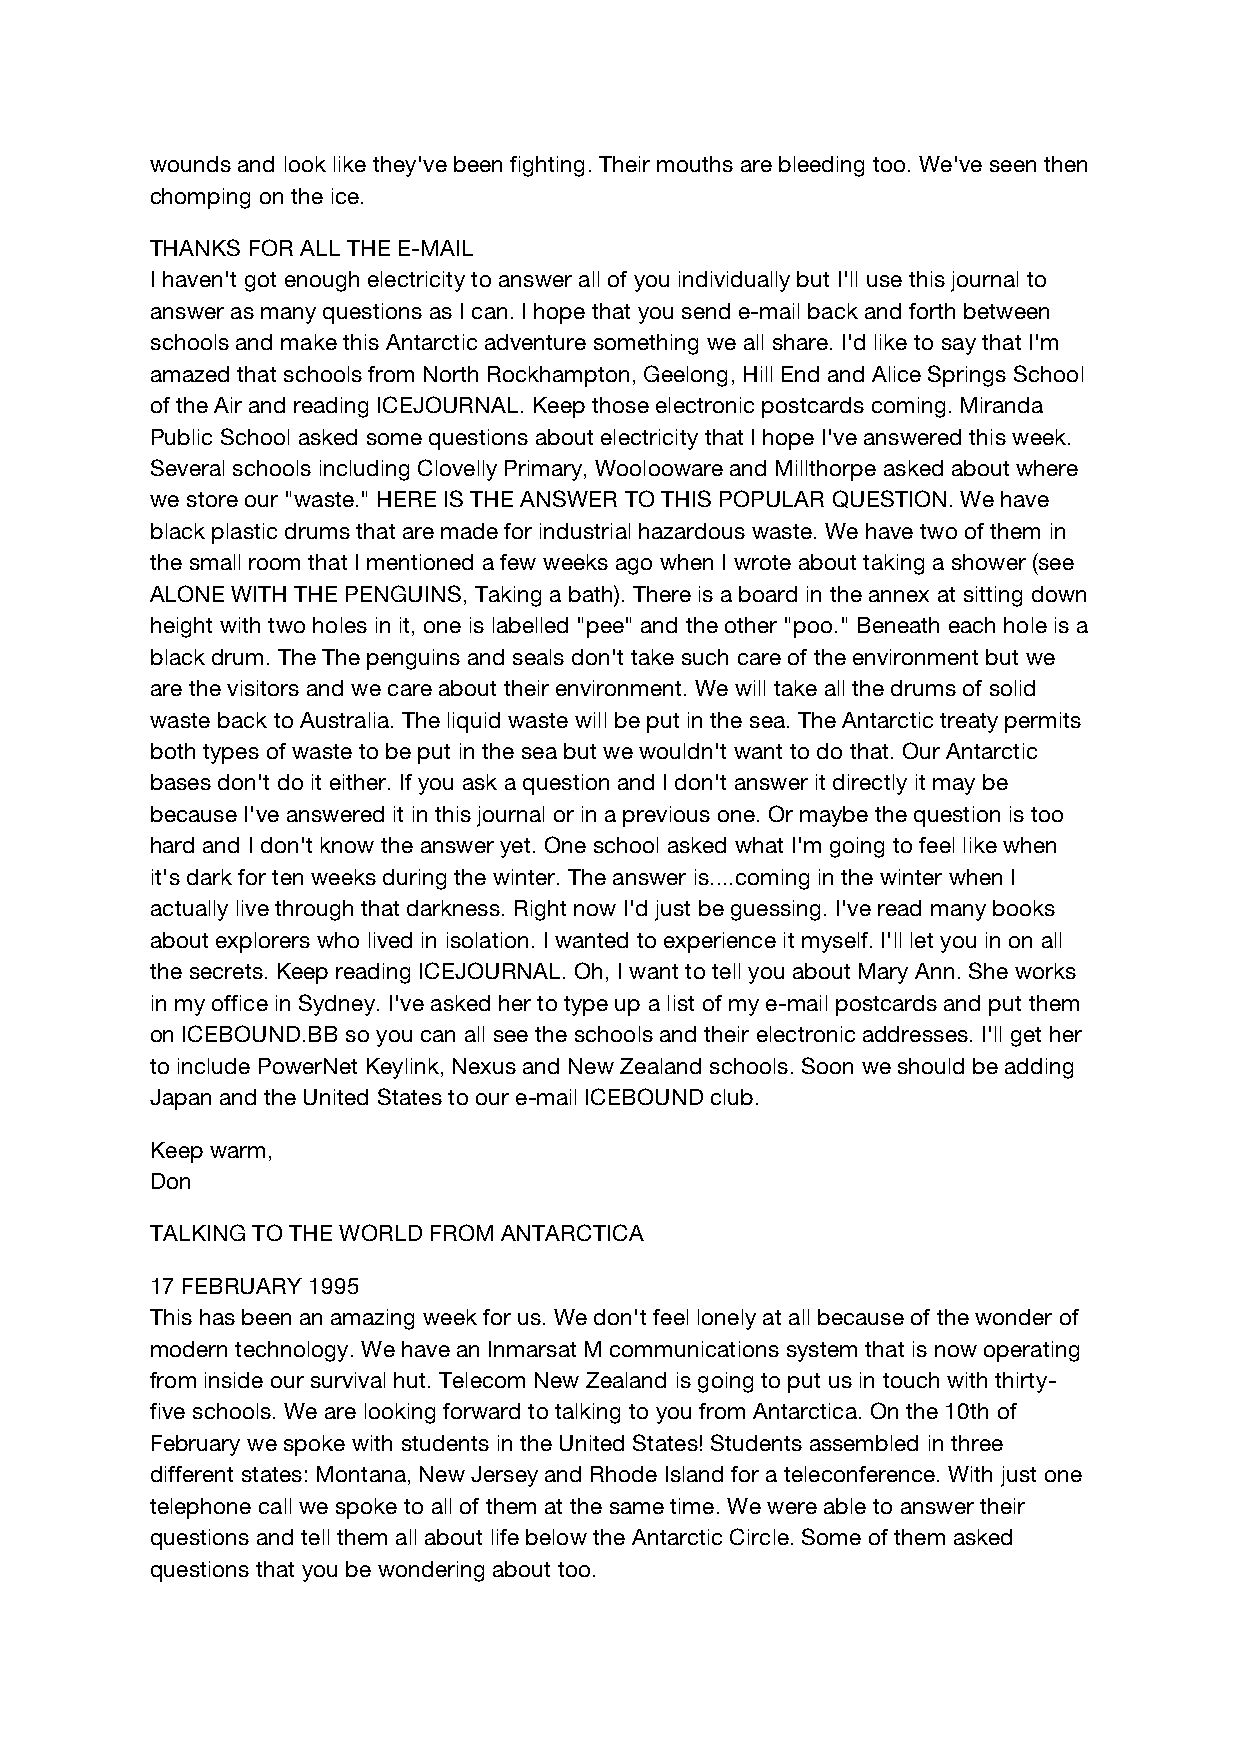
wounds and look like they've been fighting. Their mouths are bleeding too. We've seen then
 chomping on the ice.
 THANKS FOR ALL THE E-MAIL
 I haven't got enough electricity to answer all of you individually but I'll use this journal to
 answer as many questions as I can. I hope that you send e-mail back and forth between
 schools and make this Antarctic adventure something we all share. I'd like to say that I'm
 amazed that schools from North Rockhampton, Geelong, Hill End and Alice Springs School
 of the Air and reading ICEJOURNAL. Keep those electronic postcards coming. Miranda
 Public School asked some questions about electricity that I hope I've answered this week.
 Several schools including Clovelly Primary, Woolooware and Millthorpe asked about where
 we store our "waste." HERE IS THE ANSWER TO THIS POPULAR QUESTION. We have
 black plastic drums that are made for industrial hazardous waste. We have two of them in
 the small room that I mentioned a few weeks ago when I wrote about taking a shower (see
 ALONE WITH THE PENGUINS, Taking a bath). There is a board in the annex at sitting down
 height with two holes in it, one is labelled "pee" and the other "poo." Beneath each hole is a
 black drum. The The penguins and seals don't take such care of the environment but we
 are the visitors and we care about their environment. We will take all the drums of solid
 waste back to Australia. The liquid waste will be put in the sea. The Antarctic treaty permits
 both types of waste to be put in the sea but we wouldn't want to do that. Our Antarctic
 bases don't do it either. If you ask a question and I don't answer it directly it may be
 because I've answered it in this journal or in a previous one. Or maybe the question is too
 hard and I don't know the answer yet. One school asked what I'm going to feel like when
 it's dark for ten weeks during the winter. The answer is....coming in the winter when I
 actually live through that darkness. Right now I'd just be guessing. I've read many books
 about explorers who lived in isolation. I wanted to experience it myself. I'll let you in on all
 the secrets. Keep reading ICEJOURNAL. Oh, I want to tell you about Mary Ann. She works
 in my office in Sydney. I've asked her to type up a list of my e-mail postcards and put them
 on ICEBOUND.BB so you can all see the schools and their electronic addresses. I'll get her
 to include PowerNet Keylink, Nexus and New Zealand schools. Soon we should be adding
 Japan and the United States to our e-mail ICEBOUND club.
 Keep warm,
 Don
 TALKING TO THE WORLD FROM ANTARCTICA
 17 FEBRUARY 1995
 This has been an amazing week for us. We don't feel lonely at all because of the wonder of
 modern technology. We have an Inmarsat M communications system that is now operating
 from inside our survival hut. Telecom New Zealand is going to put us in touch with thirty-
 five schools. We are looking forward to talking to you from Antarctica. On the 10th of
 February we spoke with students in the United States! Students assembled in three
 different states: Montana, New Jersey and Rhode Island for a teleconference. With just one
 telephone call we spoke to all of them at the same time. We were able to answer their
 questions and tell them all about life below the Antarctic Circle. Some of them asked
 questions that you be wondering about too.